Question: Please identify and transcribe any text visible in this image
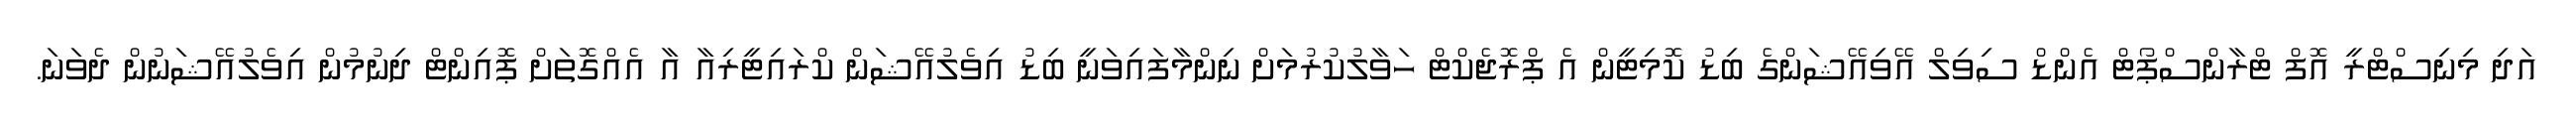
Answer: އަދި މިނިސްޓްރީ އޮފް ޓްރާންސްޕޯޓް އެންޑް ސިވިލް އޭވިއޭޝަންގެ ބިޑު ކޮމިޓީން އެ ޕްރޮޖެކްޓް ހަވާލުކުރުމަށް ނިންމާފައިވަނީ ބިޑު އިވެލުއޭޝަން ކްރައިޓީރިއާ އާ އެއްގޮތަށް ޕޮއިންޓް ދިނުމުން އިވެލުއޭޝަނުން ދެވަނަ.